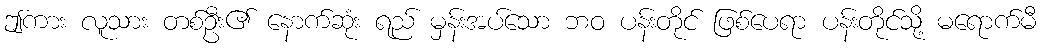
ဤကား လူသား တစ်ဦး၏ နောက်ဆုံး ရည် မှန်းအပ်သော ဘဝ ပန်းတိုင် ဖြစ်ပေရာ ပန်းတိုင်သို့ မရောက်မီ